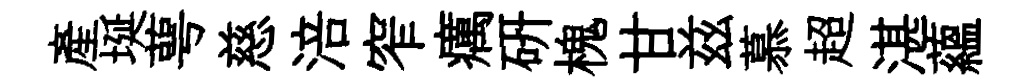
産埏萼慈涪窄癘硏槐甘兹慕超湛藴